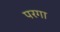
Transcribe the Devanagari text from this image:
परगा